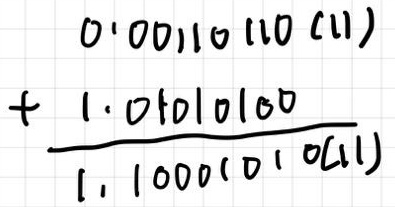
\[
\begin{align*}
&0.00110110_{(2)}\\
+&1.01010100_{(2)}\\
\hline
&1.10001010_{(2)}
\end{align*}
\]